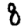
Digit: 8